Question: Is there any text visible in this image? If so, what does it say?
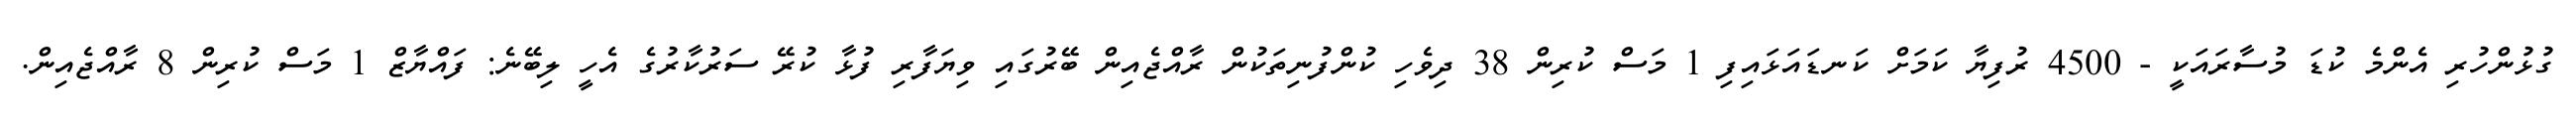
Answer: ގުޅުންހުރި އެންމެ ކުޑަ މުސާރައަކީ - 4500 ރުފިޔާ ކަމަށް ކަނޑައަޅައިފި 1 މަސް ކުރިން 38 ދިވެހި ކުންފުނިތަކުން ރާއްޖެއިން ބޭރުގައި ވިޔަފާރި ފުޅާ ކުރޭ ސަރުކާރުގެ އެހީ ލިބޭނެ: ފައްޔާޒް 1 މަސް ކުރިން 8 ރާއްޖެއިން.